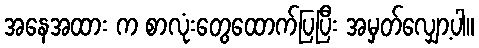
အနေအထား က စာလုံးတွေထောက်ပြပြီး အမှတ်လျှော့ပါ။